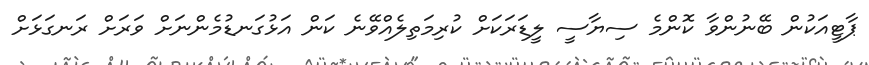
ޕާޓީއަކުން ބޭނުންވާ ކޮންމެ ސިޔާސީ ލީޑަރަކަށް ކުރިމަތިލެއްވޭނެ ކަން އަޅުގަނޑުމެންނަށް ވަރަށް ރަނގަޅަށް